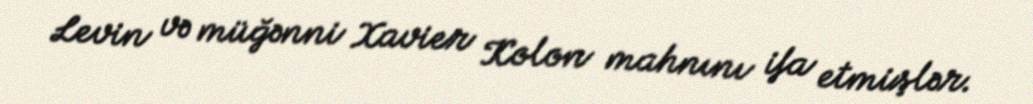
Levin və müğənni Xavier Kolon mahnını ifa etmişlər.